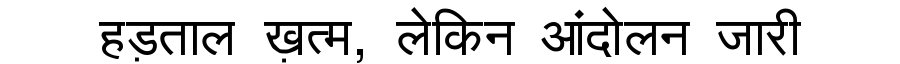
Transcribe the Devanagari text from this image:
हड़ताल ख़त्म, लेकिन आंदोलन जारी